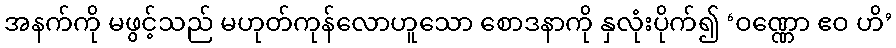
အနက်ကို မဖွင့်သည် မဟုတ်ကုန်လောဟူသော စောဒနာကို နှလုံးပိုက်၍ ‘ဝဏ္ဏော ဧဝ ဟိ’